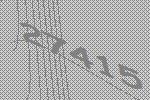
27415